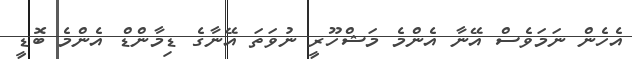
އެހެން ނަމަވެސް އޭނާ އެންމެ މަޝްހޫރީ ނުވަތަ އޭނާގެ ޑިމާންޑް އެންމެ ބޮޑީ